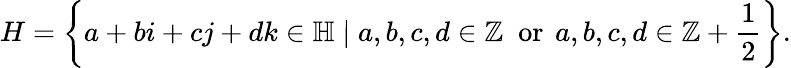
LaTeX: H=\left\{ a+bi+cj+dk\in\mathbb{H}\mid a,b,c,d\in\mathbb{Z}\; {\mathrm{~or~}}\, a,b,c,d\in\mathbb{Z}+{\frac{1}{2}}\right\} .